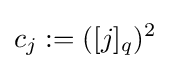
c_{j}:=([j]_{q})^{2}